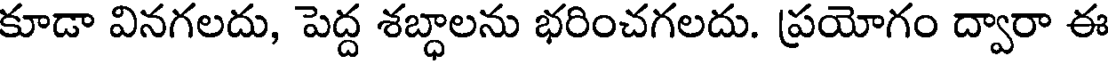
కూడా వినగలదు, పెద్ద శబ్ధాలను భరించగలదు. ప్రయోగం ద్వారా ఈ